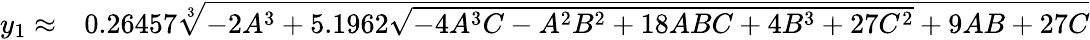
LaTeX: \begin{array}{rl}{y_{1}\approx}&{{}0.26457\sqrt[3]{-2A^{3}+5.1962\sqrt{-4A^{3}C-A^{2}B^{2}+18ABC+4B^{3}+27C^{2}}+9AB+27C}}\end{array}